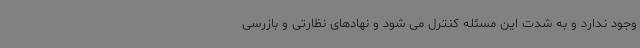
وجود ندارد و به شدت این مسئله کنترل می شود و نهادهای نظارتی و بازرسی